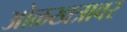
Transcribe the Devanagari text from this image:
ओळखत्रावर